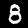
Label: 8